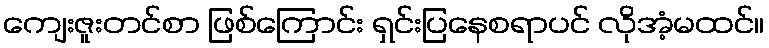
ကျေးဇူးတင်စာ ဖြစ်ကြောင်း ရှင်းပြနေစရာပင် လိုအံ့မထင်။